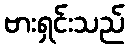
ဗားရှင်းသည်